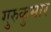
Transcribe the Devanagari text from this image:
गुरुकुमार